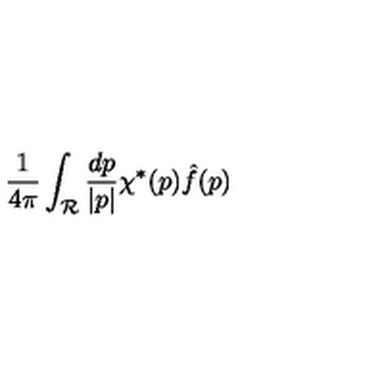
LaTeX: { \frac { 1 } { 4 \pi } } \int _ { \cal R } { \frac { d p } { | p | } } \chi ^ { * } ( p ) { \hat { f } } ( p )